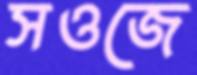
সওজে